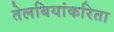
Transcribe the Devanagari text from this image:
तेलबियांकरिता